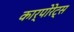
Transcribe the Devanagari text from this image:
कार्पोरेट्स